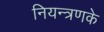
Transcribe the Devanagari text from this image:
नियन्त्रणके